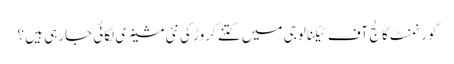
گورنمنٹ کالج آف ٹیکنالوجی میں کتنے کروڑ کی نئی مشینری لگائی جارہی ہیں ؟